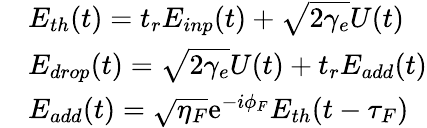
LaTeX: \begin{array}{rl}&{E_{th}(t)=t_{r}E_{inp}(t)+\sqrt{2\gamma_{e}}U(t)}\\ &{E_{drop}(t)=\sqrt{2\gamma_{e}}U(t)+t_{r}E_{add}(t)}\\ &{E_{add}(t)=\sqrt{\eta_{F}}\mathrm{e}^{-i\phi_{F}}E_{th}(t-\tau_{F})}\end{array}